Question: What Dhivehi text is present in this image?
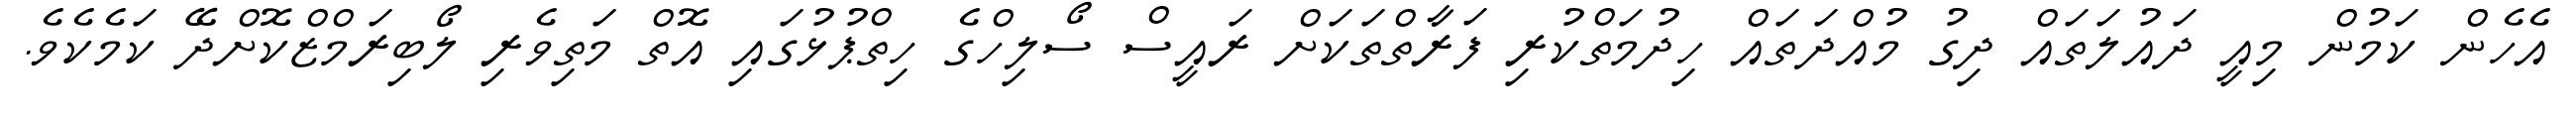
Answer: އެހެން ކަމުން މިއީ ދައުލަތައް ދިގު މުއްދަތައް ހިދުމަތްކުރި ފަރާތްތަކަށް ރައީސް ސޯލިހްގެ ހިތްޕުޅުގައި އޮތް މަތިވެރި ލޯބިރަމްޒްކޮށްދޭ ކަމެކެވެ.